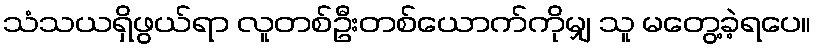
သံသယရှိဖွယ်ရာ လူတစ်ဦးတစ်ယောက်ကိုမျှ သူ မတွေ့ခဲ့ရပေ။